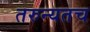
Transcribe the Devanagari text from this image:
तरुन्यतच